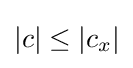
\left\vert c\right\vert \leq \left\vert c_{x}\right\vert